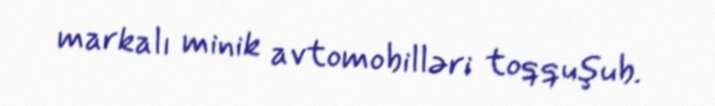
markalı minik avtomobilləri toqquşub.